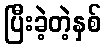
ပြီးခဲ့တဲ့နှစ်